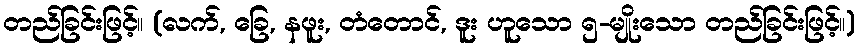
တည်ခြင်းဖြင့်။ (လက်, ခြေ, နဖူး, တံတောင်, ဒူး ဟူသော ၅-မျိုးသော တည်ခြင်းဖြင့်။)